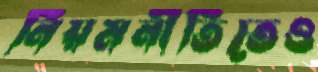
নিয়মনীতিতেও